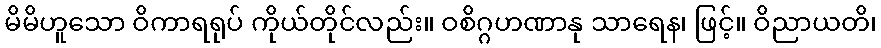
မိမိဟူသော ဝိကာရရုပ် ကိုယ်တိုင်လည်း။ ဝစိဂ္ဂဟဏာနု သာရေန၊ ဖြင့်။ ဝိညာယတိ၊